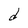
Character: d